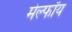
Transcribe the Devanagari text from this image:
मेल्फॉय